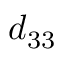
d _ { 3 3 }